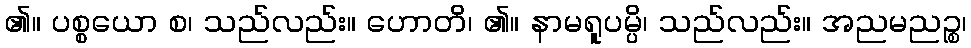
၏။ ပစ္စယော စ၊ သည်လည်း။ ဟောတိ၊ ၏။ နာမရူပမ္ပိ၊ သည်လည်း။ အညမညဉ္စ၊